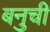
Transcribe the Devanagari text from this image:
बनुची